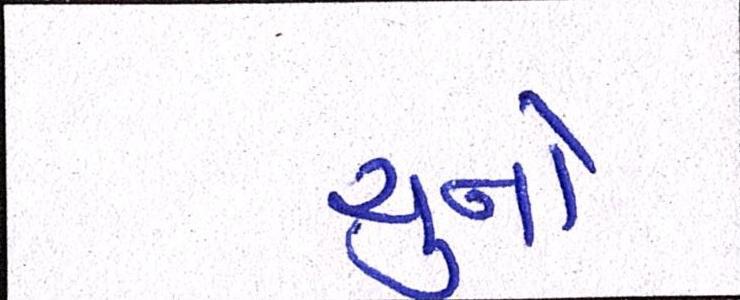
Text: ચુનો